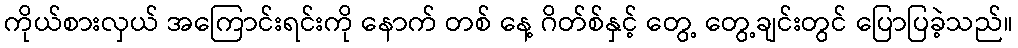
ကိုယ်စားလှယ် အကြောင်းရင်းကို နောက် တစ် နေ့ ဂိတ်စ်နှင့် တွေ့ တွေ့ချင်းတွင် ပြောပြခဲ့သည်။